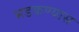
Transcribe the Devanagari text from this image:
भडकण्यास